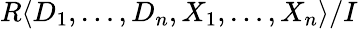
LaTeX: R\langle D_{1},\ldots,D_{n},X_{1},\ldots,X_{n}\rangle/I